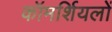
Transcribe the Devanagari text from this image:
कॉमर्शियलों